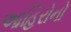
આહિરોનો